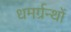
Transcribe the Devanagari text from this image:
धमर्ग्रन्थों